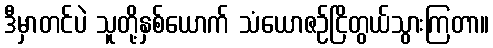
ဒီမှာတင်ပဲ သူတို့နှစ်ယောက် သံယောဇဉ်ငြိတွယ်သွားကြတာ။